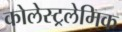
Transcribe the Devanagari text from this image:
कोलेस्ट्रलेमिक